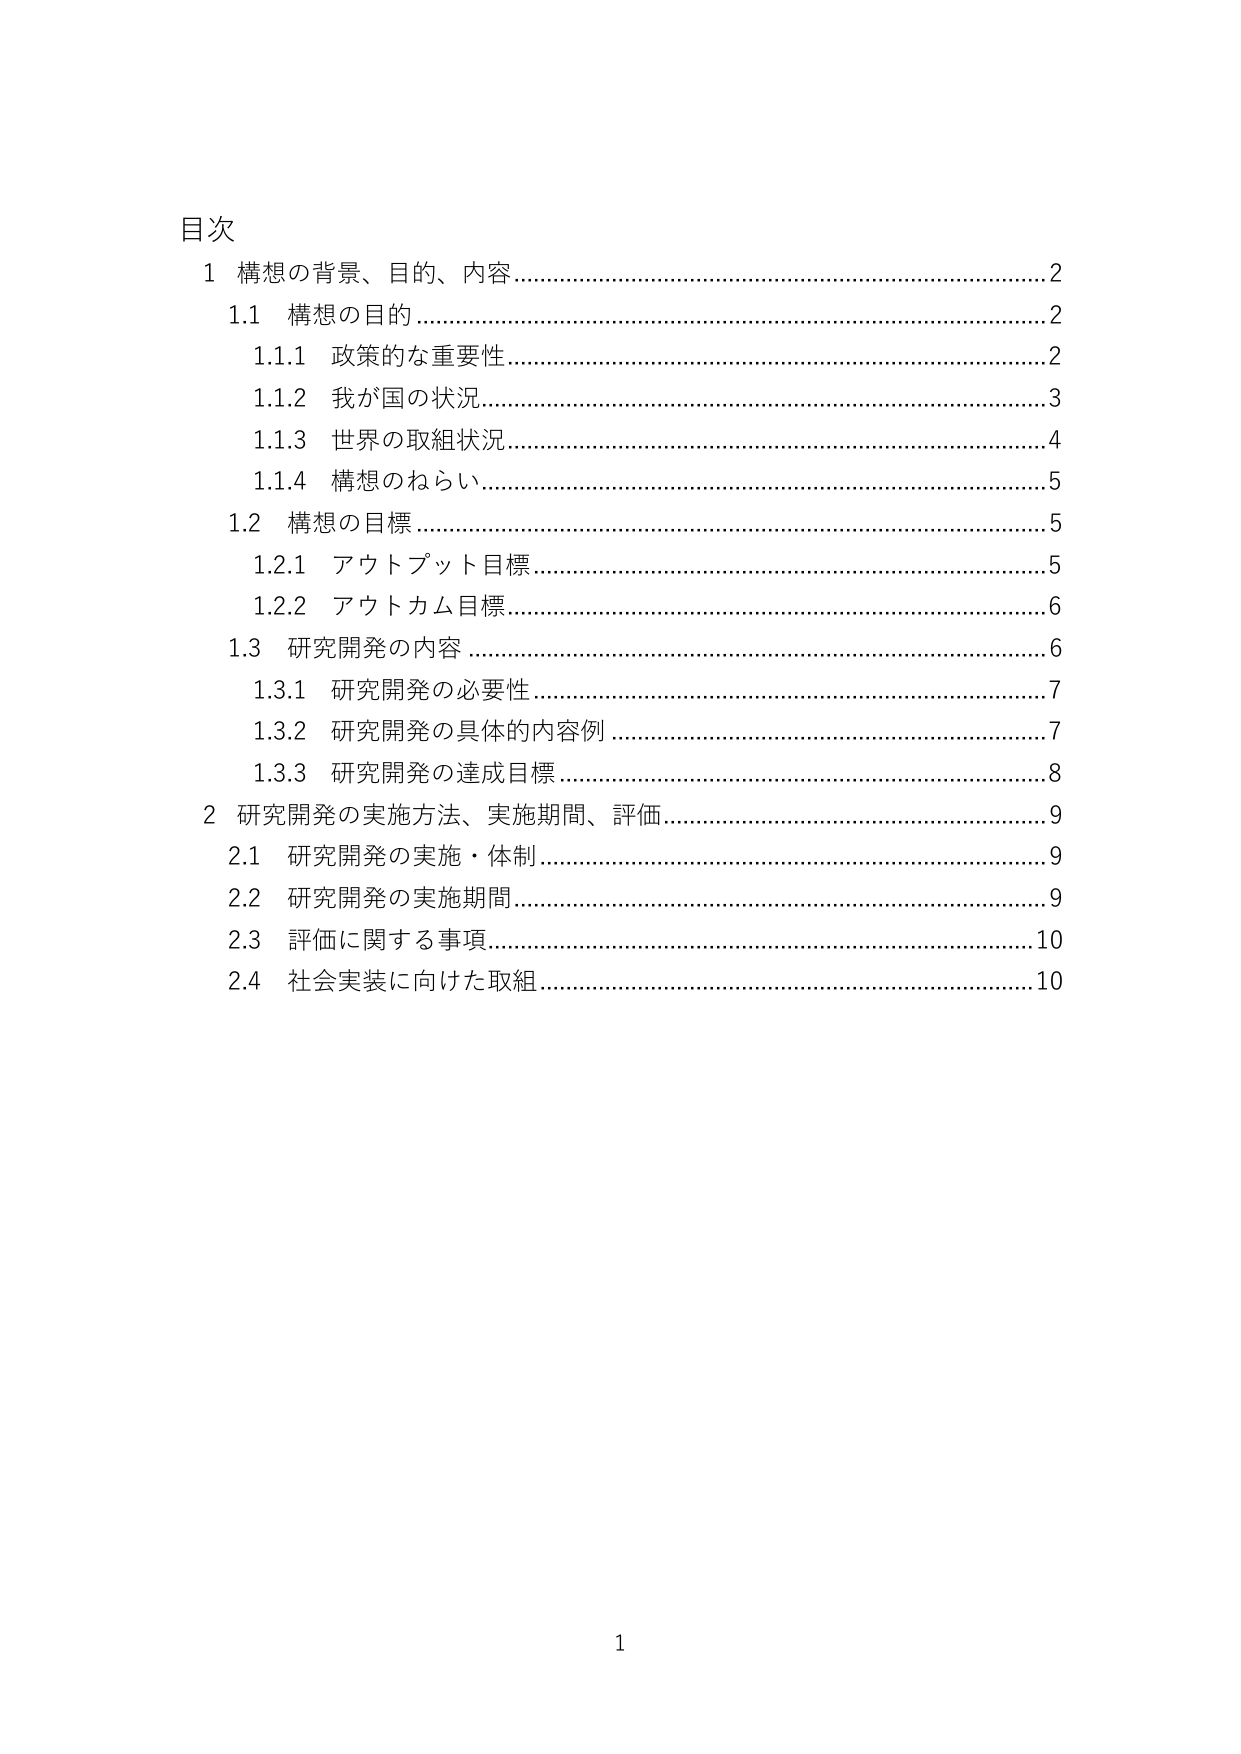
目次
1 構想の背景、目的、内容…………………………………………………………2
　1.1 構想の目的 ……………………………………………………………………2
　　1.1.1 政策的な重要性……………………………………………………………2
　　1.1.2 我が国の状況………………………………………………………………3
　　1.1.3 世界の取組状況……………………………………………………………4
　　1.1.4 構想のねらい………………………………………………………………5
　1.2 構想の目標……………………………………………………………………5
　　1.2.1 アウトプット目標…………………………………………………………5
　　1.2.2 アウトカム目標……………………………………………………………6
　1.3 研究開発の内容 ………………………………………………………………6
　　1.3.1 研究開発の必要性…………………………………………………………7
　　1.3.2 研究開発の具体的な内容例 ……………………………………………7
　　1.3.3 研究開発の達成目標 ……………………………………………………8
2 研究開発の実施方法、実施期間、評価…………………………………………9
　2.1 研究開発の実施・体制………………………………………………………9
　2.2 研究開発の実施期間…………………………………………………………9
　2.3 評価に関する事項……………………………………………………………10
　2.4 社会実装に向けた取組………………………………………………………10

1